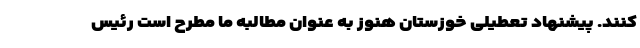
کنند. پیشنهاد تعطیلی خوزستان هنوز به عنوان مطالبه ما مطرح است رئیس